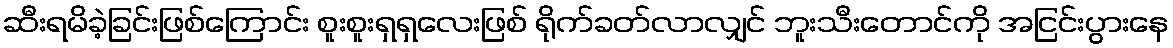
ဆီးရမိခဲ့ခြင်းဖြစ်ကြောင်း စူးစူးရှရှလေးဖြစ် ရိုက်ခတ်လာလျှင် ဘူးသီးတောင်ကို အငြင်းပွားနေ